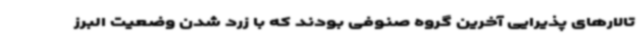
تالارهای پذیرایی آخرین گروه صنوفی بودند که با زرد شدن وضعیت البرز